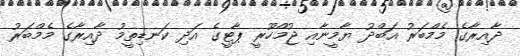
ދާއިރާގެ މެމްބަރު އަބްދު ޔާމީނާއި ޖުމްހޫރީ ޕާޓީގެ އަދި ކަނޑިތީމު ދާއިރާގެ މެމްބަރު